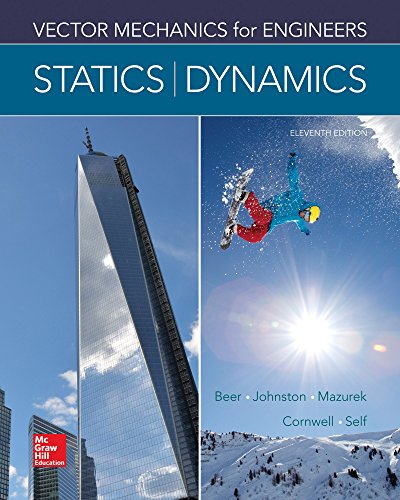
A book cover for Vector Mechanics for Engineers: Statics and Dynamics; Ferdinand Beer; Engineering & Transportation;